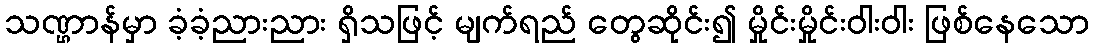
သဏ္ဌာန်မှာ ခံ့ခံ့ညားညား ရှိသဖြင့် မျက်ရည် တွေဆိုင်း၍ မှိုင်းမှိုင်းဝါးဝါး ဖြစ်နေသော